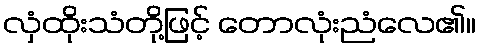
လှံထိုးသံတို့ဖြင့် တောလုံးညံလေ၏။